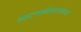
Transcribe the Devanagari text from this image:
आल्यानंतरत्यांच्या